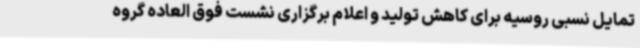
تمایل نسبی روسیه برای کاهش تولید و اعلام برگزاری نشست فوق العاده گروه